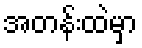
အတန်းထဲမှာ